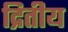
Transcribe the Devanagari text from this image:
द्रितीय